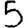
Digit: 5